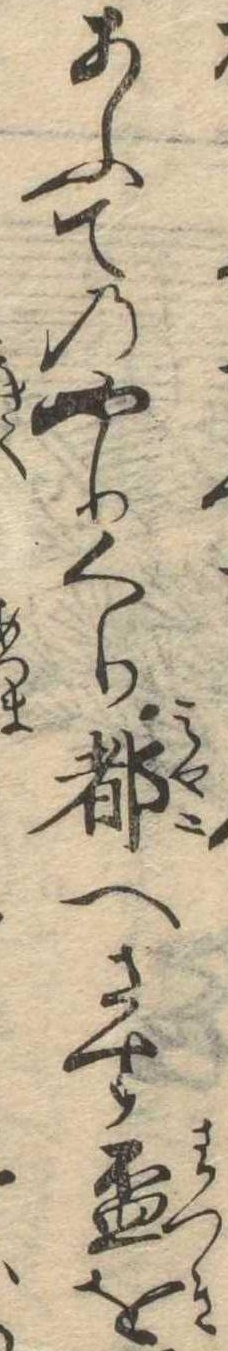
あふてのやりくり都へさす杯を